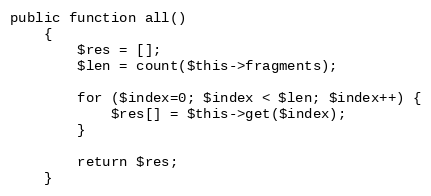
Language: PHP
public function all()
    {
        $res = [];
        $len = count($this->fragments);

        for ($index=0; $index < $len; $index++) {
            $res[] = $this->get($index);
        }

        return $res;
    }